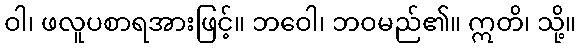
ဝါ၊ ဖလူပစာရအားဖြင့်။ ဘဝေါ၊ ဘဝမည်၏။ ဣတိ၊ သို့။